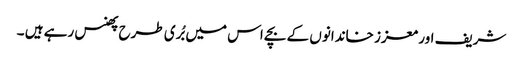
شریف اور معزز خاندانوں کے بچے اس میں بُری طرح پھنس رہے ہیں ۔